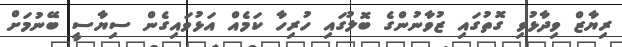
ރިޔާޒް ވިދާޅުވި ގޮތުގައި ޒުވާނުންގެ ބޮލުގައި ހުރިހާ ކަމެއް އަޅުވައިގެން ސިޔާސީ ބޭނުމަށް